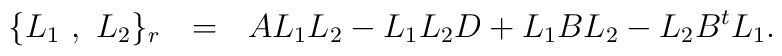
\{L_{1}~,~L_{2}\}_{r}~~=~~AL_{1}L_{2}-L_{1}L_{2}D+L_{1}BL_{2} -L_{2}B^{t}L_{1}.